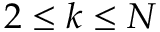
2 \leq k \leq N